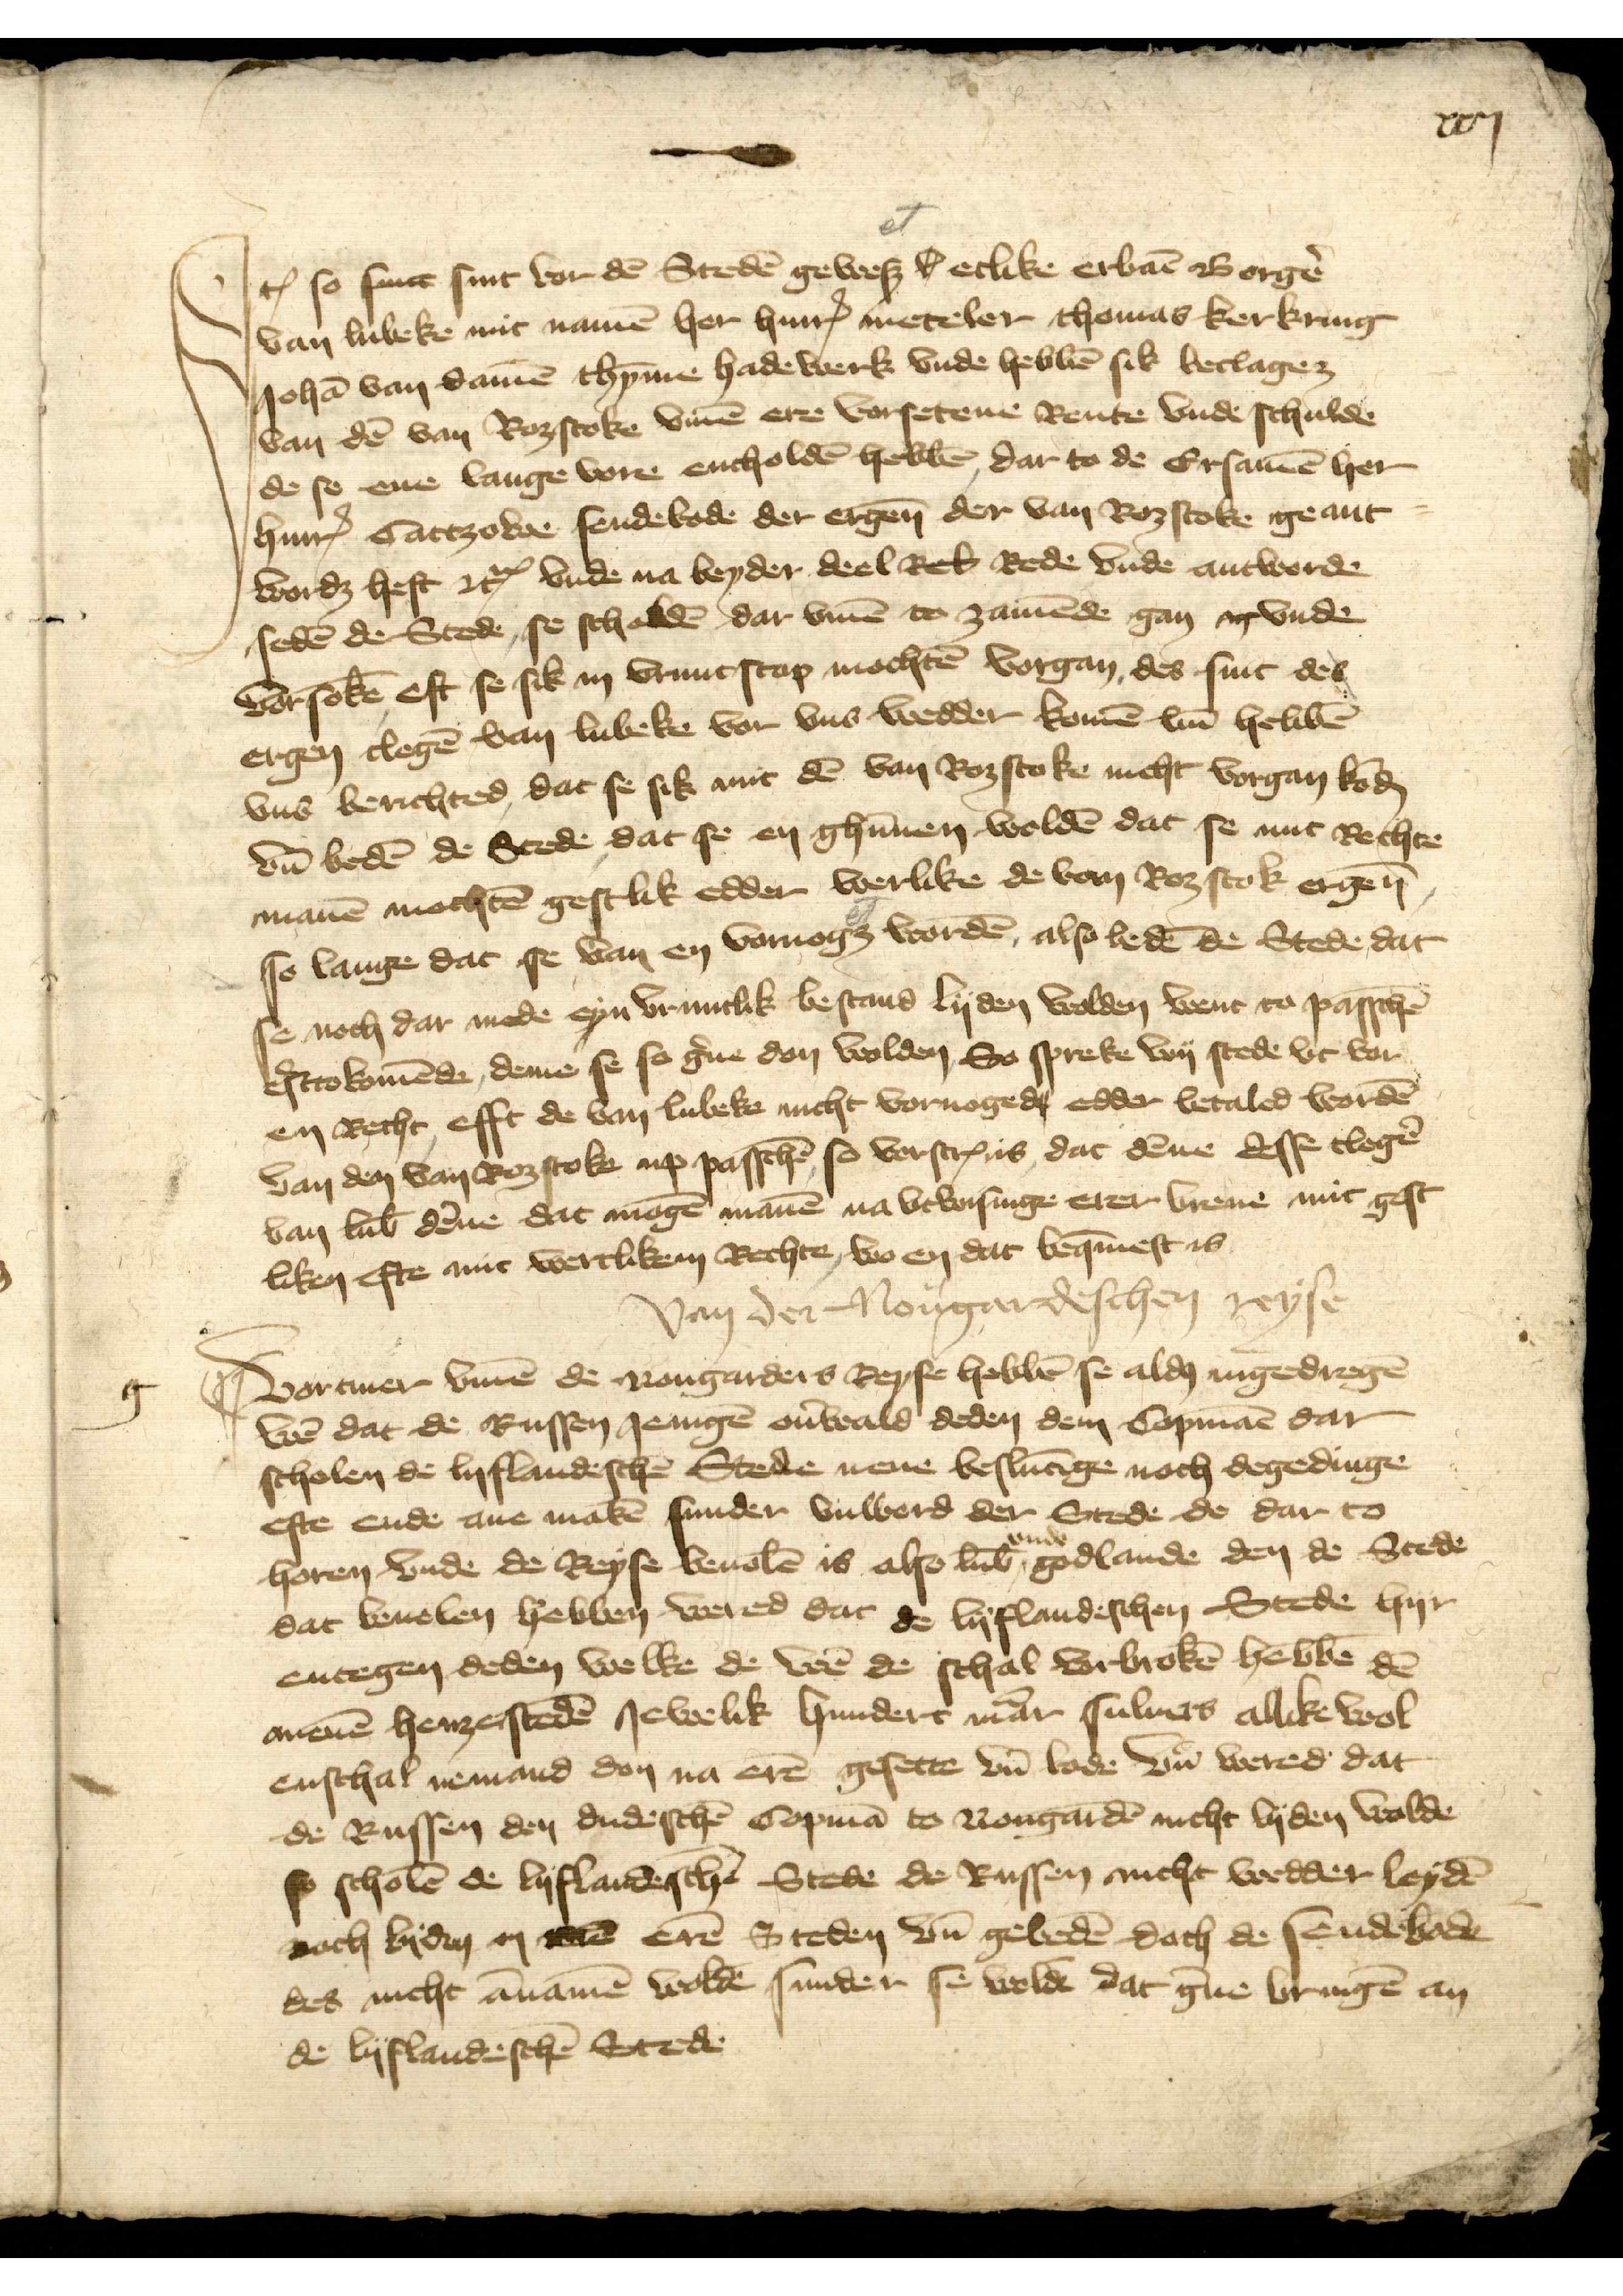
xxij

Jꝷ so seuce sint vor dē Stedē geweß h etlike erbar̄ Borgẻ
Vortmer v̄me de Nougaders Reyse hebbē se alḑ ingedregē
van Lubeke mit namē her HinrꝬ Meteler Thomas Kerkring
Johā van Damē Thȳme Hadewerk vnde hebbē sik beclaget
van dē van Roztoke v̄me ere vorsetene Rente vnde schulde
de se ene lange vore entholdē hebbē, dar to de Ersamē her
HinrꝬ Cattzowe sendebode der ergen̄ der van Rozstoke geant-
worḑ heft etꝬ vnde na beyder deel ek Rede vnde antworde
sedē de Stede, se scholdē dar v̄me to zamēde gan vnde
vorsokē eft se sick in vruntscop mochtē vorgan des sint des
ergeņ clegẻ van Lubeke vor vns wedder komē vn̄ hebbē
vns berichted, dat se sik mit dē van Roztoke nicht Sorgan kōḑ
vn̄ bedē de Stede dat se en ghūnen woldē dat se mit Rechte
manē mochtē gestlik edder werlike de van Rozstok ergen̄
so lange dat se van en vornoget wordē, also bedē de Stede dat
se noch dar mede eyn vruntlik bestand lyden wolden went to passchē
erstokomēde, deme se so g̉ne don wolden So spreke wy stede vt vor
en Recht efft de van Lubeke nicht vornoged edder betaled wordē
van den van Roztoke up passchē so verscȓ is dat dēne desse clegẻ
van Lub̄ dēne dat mogē manē na vtwisinge erer breue mit gest¬
liken efte mit werclikem Rechte, wo en dat beq̄mest es

van der Nougardeschen reyse

Vortmer v̄me de Nougaders Reyse hebbē se alḑ ingedregē
wẻ dat de Russen Jenigē oūwald deden dem Copmāe dar
scholen de lyfflandeschē Stede nene beslutīnge noch degednge
efte ende ane makē sunder vnwerd der Stede de dar to¬
horen vnde de Reyse beuolē is also Lub̄ vnde Godlande den de Stede
dat beuolen hebben wered dat de Lyfl̄andeschen Stede hyr
entegen deden welke de wẻ de schal vorbrokē hebbē dē
menē henzestedē Jewelik hundert mảr suluers allike wol
enschal nemand don na erē gesette vn̄ bode vn̄ wered dat
de Russen den dudesschē Copmā to Nougardē nicht lyden wolde
se scholē de lyflandeschē Stede de Russen nicht wedder leydē
noch lyden in Bē erē Steden vn̄ gebē doch de sendebadē
des nicht ānamē woldē sunder se woldē dat g̉ne bringē an
de lyflandeschē Stede

g